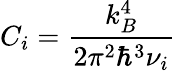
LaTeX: C_{i}=\frac{k_{B}^{4}}{2\pi^{2}\hbar^{3}\nu_{i}}